Scottish Certificate of Education, 1962
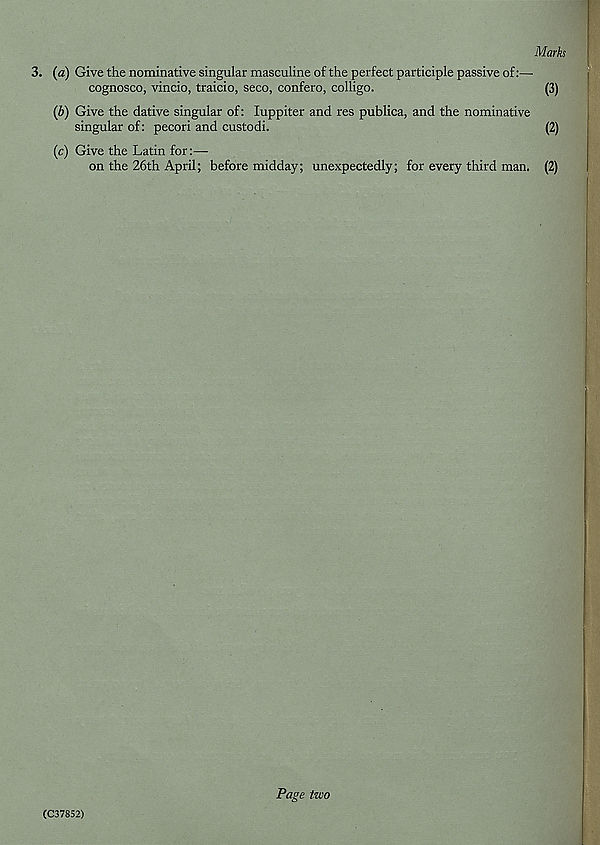
3. (a) Give the nominative singular masculine of the perfect participle passive of:—
cognosco, vincio, traicio, seco, confero, colligo.
(b) Give the dative singular of: luppiter and res publica, and the nominative
singular of: pecori and custodi.
(c) Give the Latin for:—
on the 26th April; before midday; unexpectedly; for every third man.
(C37852)
Page two